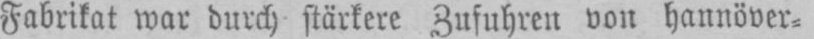
Fabrikat war durch stärkere Zufuhren von hannöver⸗